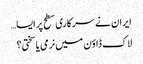
ایران نے سرکاری سطح پر ایسا…
لاک ڈاؤن میں نرمی یا سختی؟